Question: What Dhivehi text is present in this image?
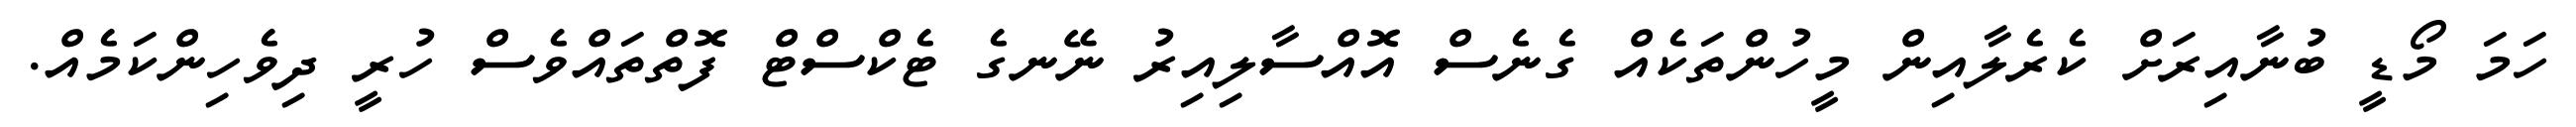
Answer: ހަމަ މޯޑީ ބުނާއިރަށް ކެރެލާއިން މީހުންތަކެއް ގެނެސް އޮއްސާލިއިރު ނޭނގެ ޓެކްސްޓް ފޮތްތައްވެސް ހުރީ ދިވެހިންކަމެއް.